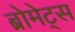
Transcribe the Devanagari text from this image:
ब्रोमेट्स